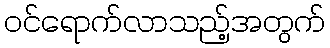
ဝင်ရောက်လာသည့်အတွက်